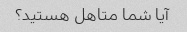
آیا شما متاهل هستید؟